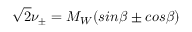
\sqrt 2 \nu _ { \pm } = M _ { W } ( s i n \beta \pm c o s \beta )